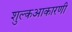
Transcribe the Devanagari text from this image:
शुल्कआकारणी